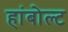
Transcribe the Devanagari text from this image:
हांबोल्ट